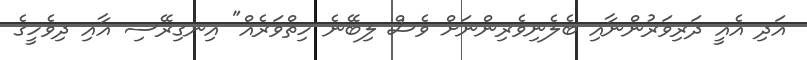
އަދި އެއީ ދަރިވަރުންނާއި ބެލެނިވެރިންނަށް ވެސް ލިބޭނެ ހިތްވަރެއް" އިނގިރޭސި އާއި ދިވެހީގެ